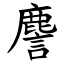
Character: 䴦